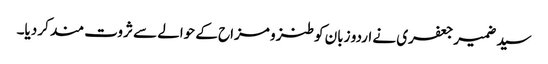
سید ضمیر جعفری نے اردو زبان کو طنز و مزاح کے حوالے سے ثروت مند کر دیا۔